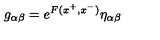
g _ { \alpha \beta } = e ^ { F ( x ^ { + } , x ^ { - } ) } \eta _ { \alpha \beta }